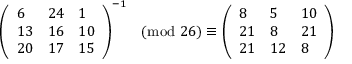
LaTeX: { \left( \begin{array} { l l l } { 6 } & { 2 4 } & { 1 } \\ { 1 3 } & { 1 6 } & { 1 0 } \\ { 2 0 } & { 1 7 } & { 1 5 } \end{array} \right) } ^ { - 1 } { \pmod { 2 6 } } \equiv { \left( \begin{array} { l l l } { 8 } & { 5 } & { 1 0 } \\ { 2 1 } & { 8 } & { 2 1 } \\ { 2 1 } & { 1 2 } & { 8 } \end{array} \right) }